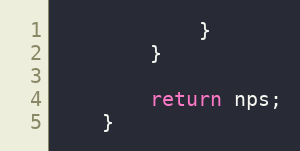
Language: Java
			}
		}

		return nps;
	}